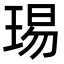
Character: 㻛